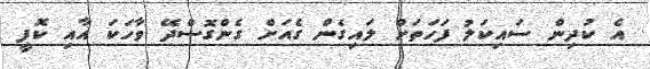
އެ ކުދިން ސައިކަލު ފަހަތަށް ލައިގެން ގެއަށް ގެންގޮސްދޭ ވާހަކަ އާއި ކޮފީ